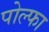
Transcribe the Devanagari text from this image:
पोल्फा